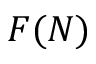
F ( N )